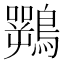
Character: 𱈽